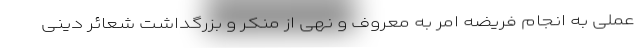
عملی به انجام فریضه امر به معروف و نهی از منکر و بزرگداشت شعائر دینی